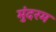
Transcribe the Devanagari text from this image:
मुंदरम